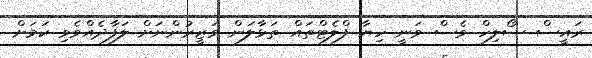
ރައީސް ސޯލިހް ވެސް ވަނީ ހިޔާ ފްލެޓްތައް ތަޅާލަން ވަޒީރުންނަށް ލަފާދެއްވެވި ކަމަށް